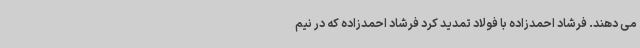
می دهند. فرشاد احمدزاده با فولاد تمدید کرد فرشاد احمدزاده که در نیم